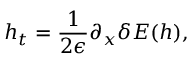
h _ { t } = \frac { 1 } { 2 \epsilon } \partial _ { x } \delta E ( h ) ,